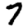
Digit: 7